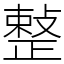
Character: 𢿫